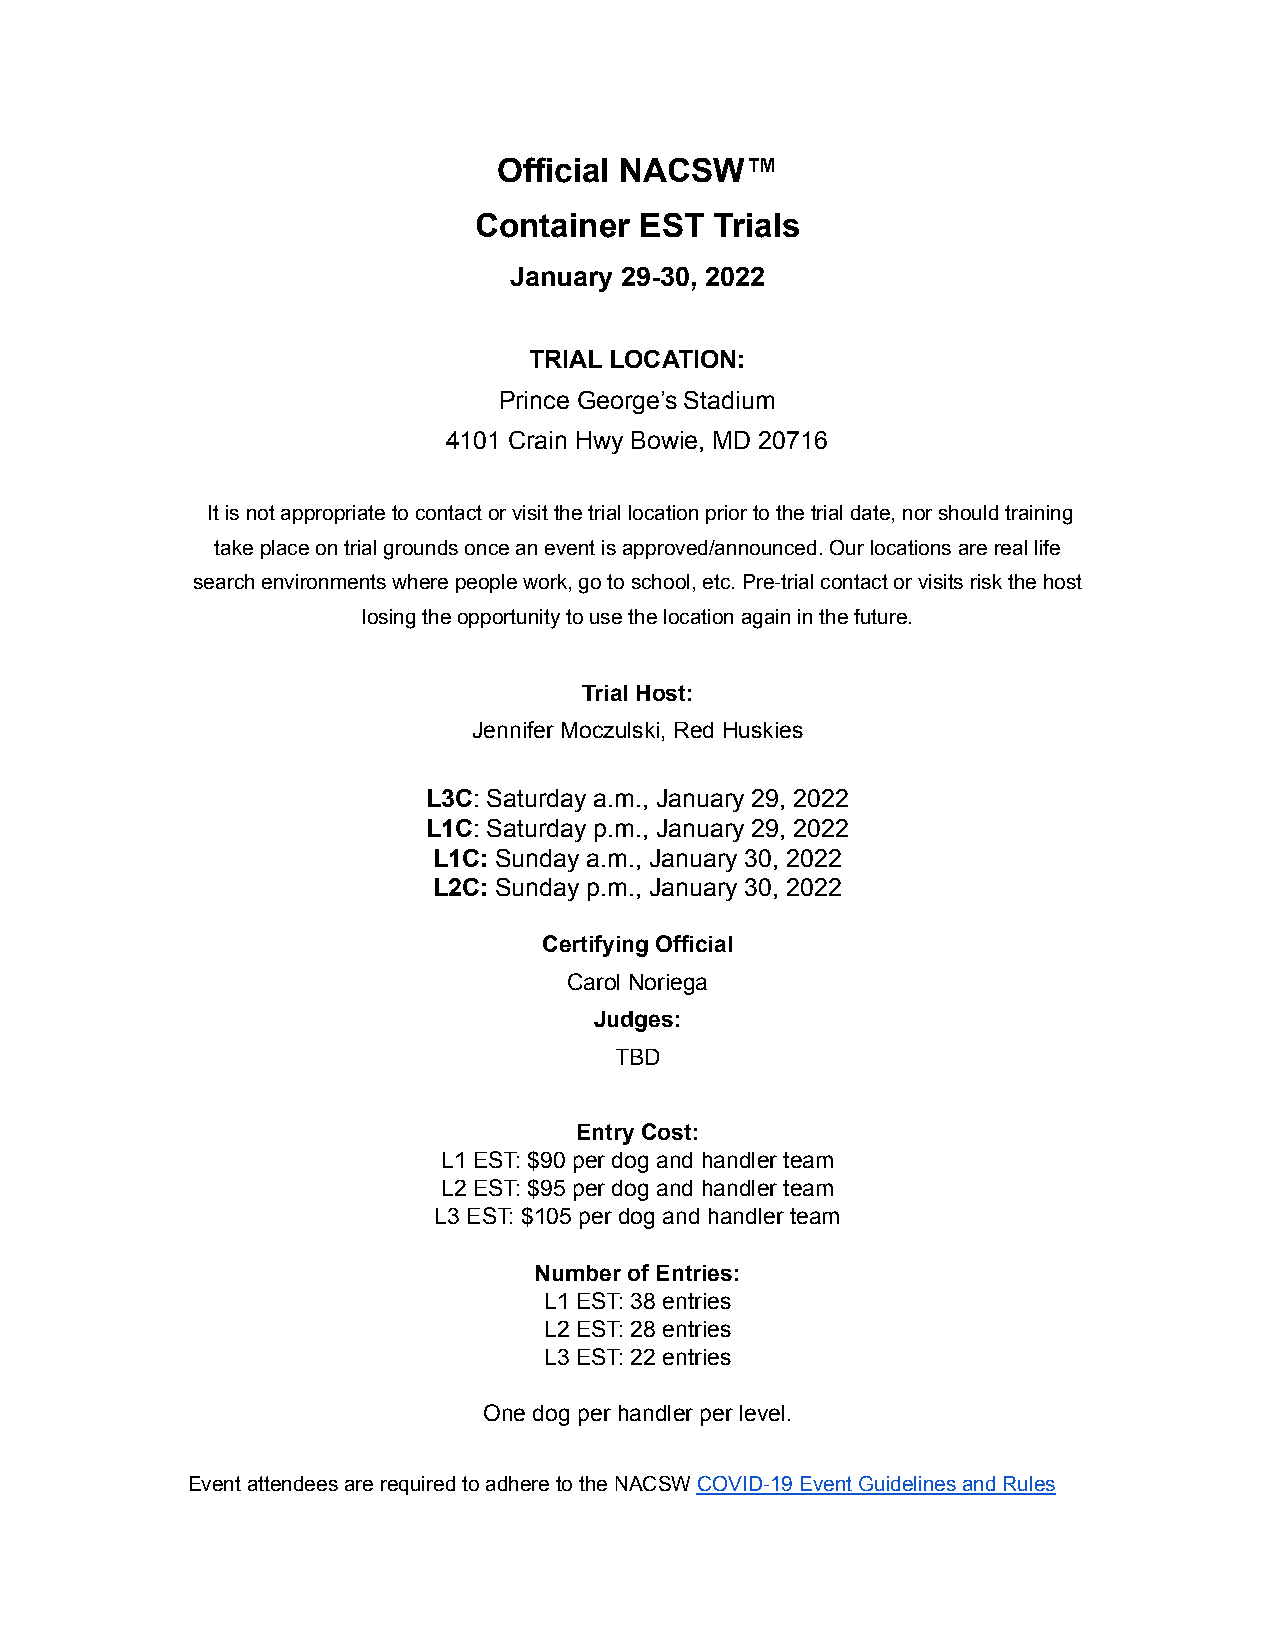
Official NACSW™
 Container  EST  Trials
 January 29-30, 2022
 TRIAL LOCATION:
 Prince George’s Stadium
 4101 Crain Hwy Bowie, MD 20716
 It is not appropriate to contact or visit the trial location prior to the trial date, nor should training
 take place on trial grounds once an event is approved/announced. Our locations are real life
 search environments where people work, go to school, etc. Pre-trial contact or visits risk the host
 losing the opportunity to use the location again in the future.
 Trial Host:
 Jennifer Moczulski, Red Huskies
 L3C: Saturday a.m., January 29, 2022
 L1C: Saturday p.m., January 29, 2022
 L1C: Sunday a.m., January 30, 2022
 L2C: Sunday p.m., January 30, 2022
 Certifying Official
 Carol Noriega
 Judges:
 TBD
 Entry Cost:
 L1 EST: $90 per dog and handler team
 L2 EST: $95 per dog and handler team
 L3 EST: $105 per dog and handler team
 Number of Entries:
 L1 EST: 38 entries
 L2 EST: 28 entries
 L3 EST: 22 entries
 One dog per handler per level.
 Event attendees are required to adhere to the NACSWCOVID-19 Event Guidelines and Rules